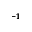
^ { - 1 }